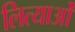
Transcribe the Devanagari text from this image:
लित्याओं